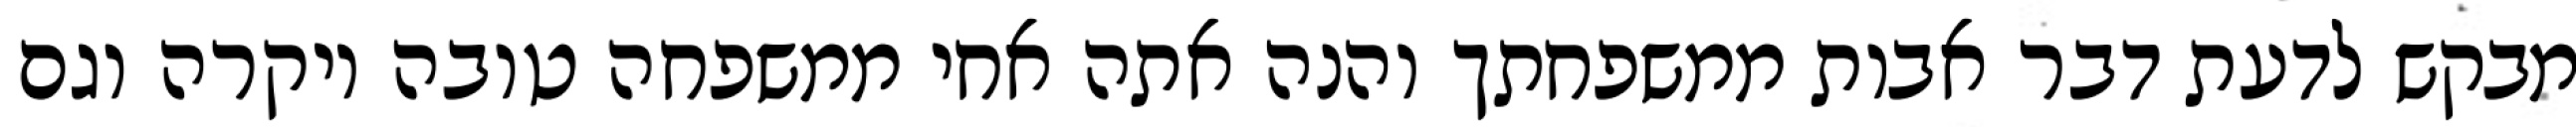
מבקש לדעת דבר אבות ממשפחתך והנה אתה אחי ממשפחה טובה ויקרה וגם